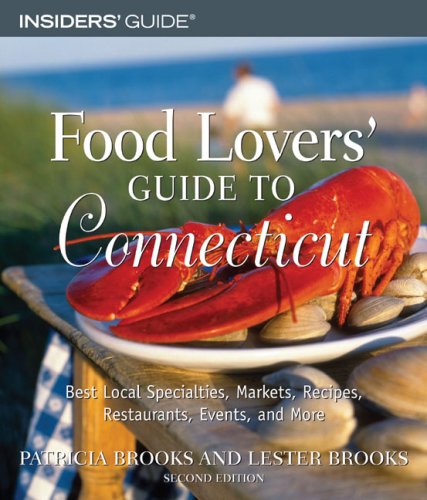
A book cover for Food Lovers' Guide to Connecticut, 2nd: Best Local Specialties, Markets, Recipes, Restaurants, Events, and More (Food Lovers' Series); Patricia Brooks; Travel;